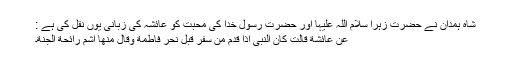
شاہ ہمدان نے حضرت زہرا سلام اللہ علیہا اور حضرت رسول خدا کی محبت کو عائشہ کی زبانی یوں نقل کی ہے :
عَنْ عَائِشَةٍ قَالَتْ کَانَ النَّبِیُّ اِذَا قَدَمَ مِنْ سَفَرٍ قَبَّلَ نَحْرَ فَاطِمَةَ وَقَالَ مِنها اَشُمُّ رَائِحَة َالْجَنَّةِ۔